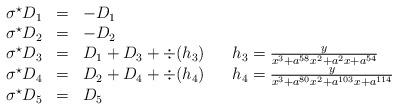
LaTeX: \begin{align*}\begin{array}{rllll}\sigma^\star D_1 & = & -D_1 & &\\\sigma^\star D_2 & = & -D_2 & &\\\sigma^\star D_3 & = & D_1+D_3+\div(h_3) & & h_3=\frac{y}{x^3+a^{58}x^2+a^2x+a^{54}}\\\sigma^\star D_4 & = & D_2+D_4+\div(h_4) & & h_4=\frac{y}{x^3+a^{80}x^2+a^{103}x+a^{114}}\\\sigma^\star D_5 & = & D_5\end{array}\end{align*}